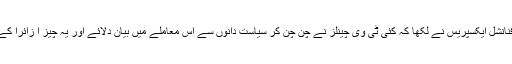
بھارتی انگریزی روزنامہ فنانشل ایکسپریس نے لکھا کہ کئی ٹی وی چینلز نے چنُ چُن کر سیاست دانوں سے اس معاملے میں بیان دلائے اور یہ چیز ا زائرا کے لیے پریشانی کا سبب بنی۔